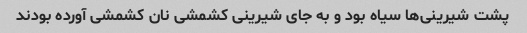
پشت شیرینی‌ها سیاه بود و به جای شیرینی کشمشی نان کشمشی آورده بودند